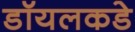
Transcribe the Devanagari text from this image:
डॉयलकडे